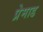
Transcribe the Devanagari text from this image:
प्रेमाड